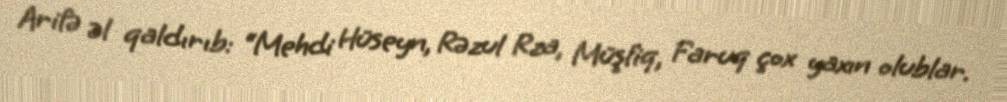
Arifə əl qaldırıb: “Mehdi Hüseyn, Rəzul Rza, Müşfiq, Faruq çox yaxın olublar.